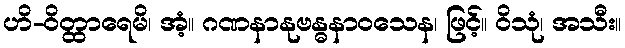
ဟိ-ဝိတ္ထာရေမိ၊ အံ့။ ဂဏနာနုဗန္ဓနာဝသေန၊ ဖြင့်။ ဝိသုံ၊ အသီး။